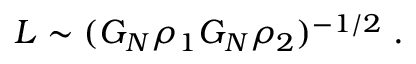
L \sim ( G _ { N } \rho _ { 1 } G _ { N } \rho _ { 2 } ) ^ { - 1 / 2 } \; .